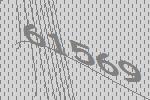
61569